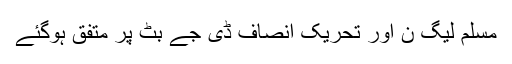
مسلم لیگ ن اور تحریک انصاف ڈی جے بٹ پر متفق ہوگئے